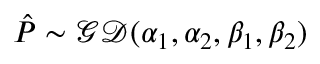
\hat { P } \sim \mathcal { G D } ( \alpha _ { 1 } , \alpha _ { 2 } , \beta _ { 1 } , \beta _ { 2 } )